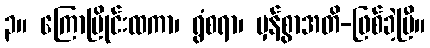
၃။ ကြောပြိုင်းထကာ၊ ရွံစရာ၊ မှန်စွာအတိ-ဖြစ်ခဲ့ပြီ။